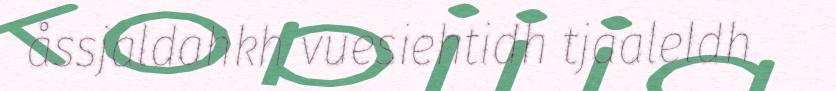
åssjaldahkh vuesiehtidh tjaaleldh